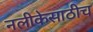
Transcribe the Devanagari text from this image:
नलीकेसाठीच